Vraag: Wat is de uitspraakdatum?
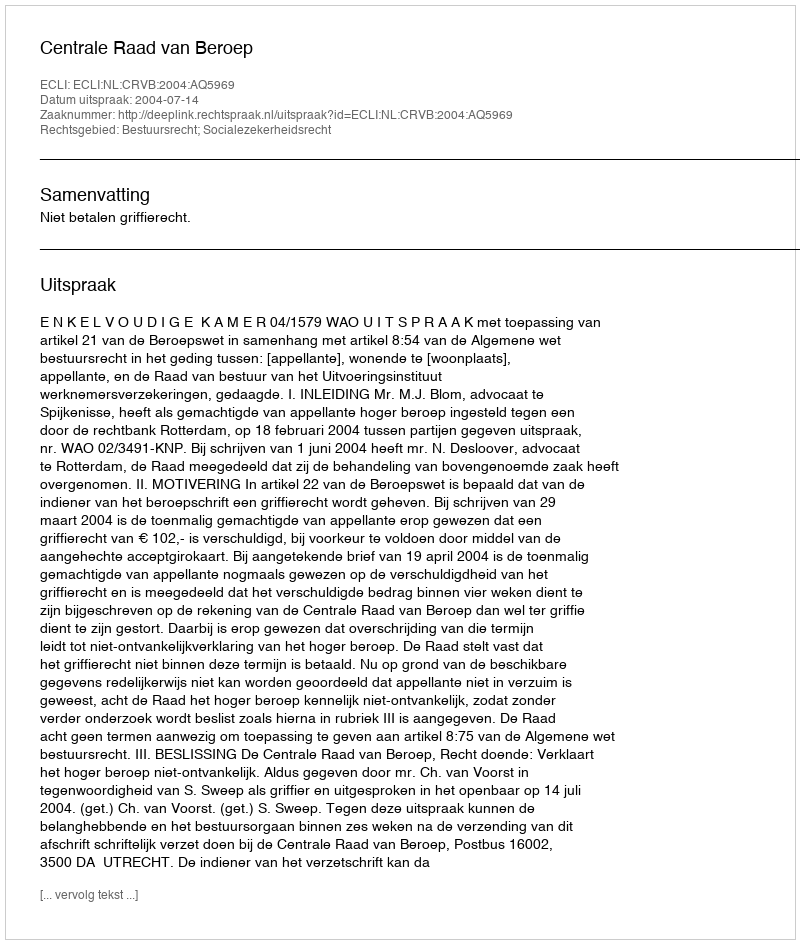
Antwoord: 2004-07-14